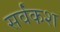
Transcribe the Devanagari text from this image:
सर्वंकश